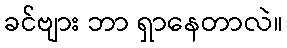
ခင်ဗျား ဘာ ရှာနေတာလဲ။